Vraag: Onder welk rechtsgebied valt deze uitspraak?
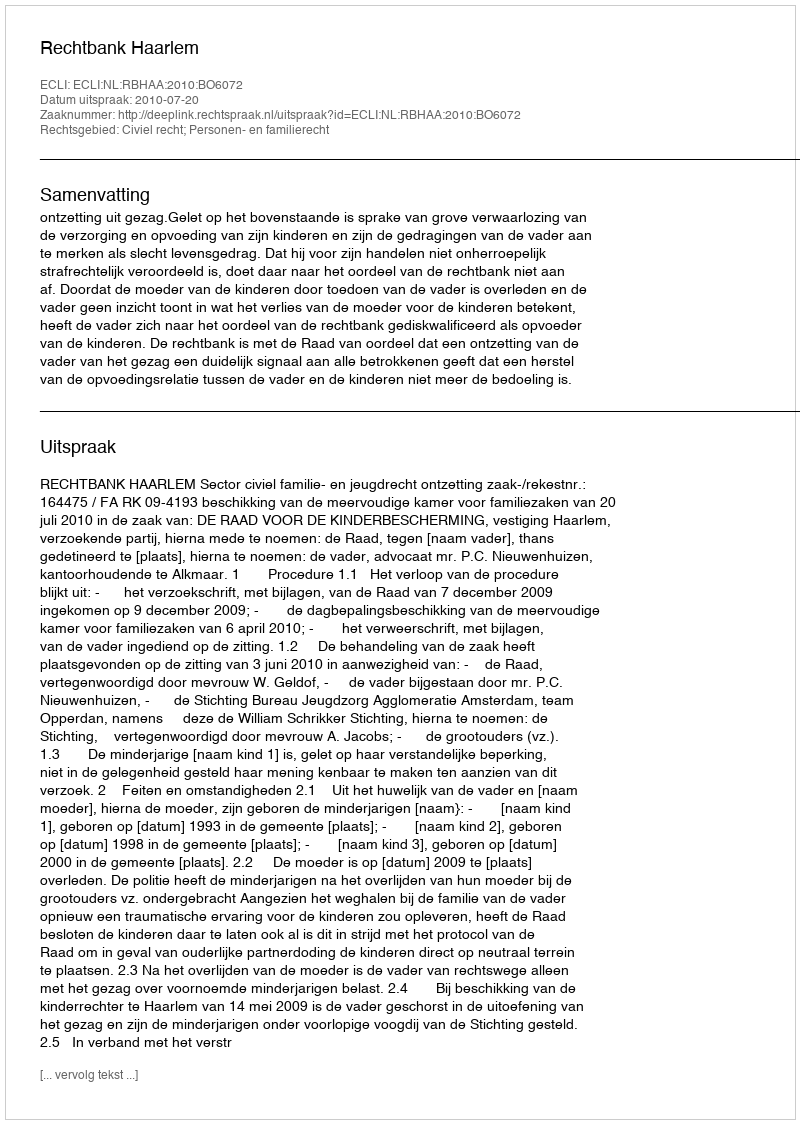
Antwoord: Civiel recht; Personen- en familierecht